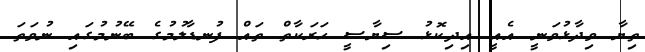
ތިޔާ ވިދާޅުވަނީ އެއީ އިދިކޮޅު ސިޔާސީ ހަރަކާތް ތައް ފުނޑާލުމުގެ ބޭނުމުގައި ނުވަތަ